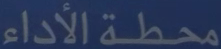
محطة الأداء